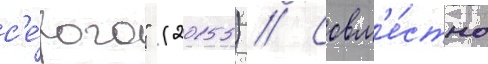
с'е́рого" (2015) // Совм'е́стно